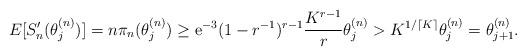
LaTeX: \begin{align*}E[S_n'(\theta_j^{(n)})]=n\pi_n(\theta_j^{(n)})&\geq\mathrm{e}^{-3}(1-r^{-1})^{r-1}\frac{K^{r-1}}{r}\theta_j^{(n)}>K^{1/\lceil K\rceil}\theta_j^{(n)}=\theta_{j+1}^{(n)}.\end{align*}